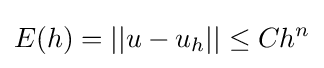
E(h)=||u-u_{h}||\leq Ch^{n}